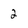
Character: 2